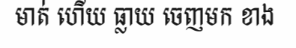
មាត់ ហើយ ធ្លាយ ចេញមក ខាង